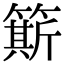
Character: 簛